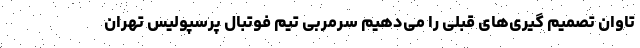
تاوان تصمیم گیری‌های قبلی را می‌دهیم سرمربی تیم فوتبال پرسپولیس تهران